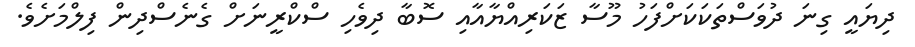
ދިޔައީ ގިނަ ދުވަސްތަކަކަށްފަހު މޫސާ ޒަކަރިއްޔާއާއި ސޮބާ ދިވެހި ސްކްރީނަށް ގެނެސްދިން ފިލްމަށެވެ.